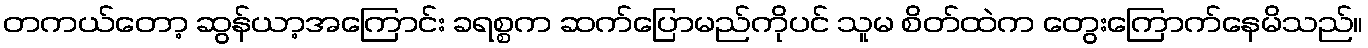
တကယ်တော့ ဆွန်ယာ့အကြောင်း ခရစ္စက ဆက်ပြောမည်ကိုပင် သူမ စိတ်ထဲက တွေးကြောက်နေမိသည်။